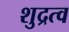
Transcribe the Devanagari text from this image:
शुद्रत्व